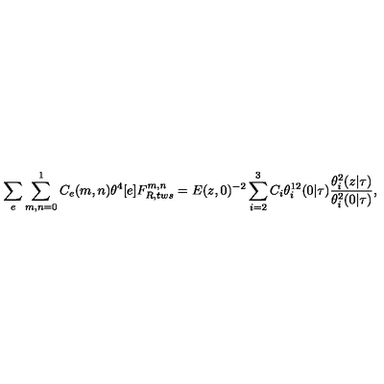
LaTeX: \sum _ { e } \sum _ { m , n = 0 } ^ { 1 } C _ { e } ( m , n ) \theta ^ { 4 } [ e ] F _ { R , t w s } ^ { m , n } = E ( z , 0 ) ^ { - 2 } \sum _ { i = 2 } ^ { 3 } C _ { i } \theta _ { i } ^ { 1 2 } ( 0 | \tau ) \frac { \theta _ { i } ^ { 2 } ( z | \tau ) } { \theta _ { i } ^ { 2 } ( 0 | \tau ) } ,